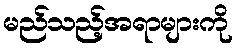
မည်သည့်အရာများကို